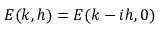
E ( k , h ) = E ( k - i h , 0 )